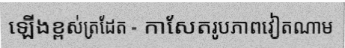
ឡើងខ្ពស់ត្រដែត - កាសែតរូបភាពវៀតណាម